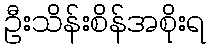
ဦးသိန်းစိန်အစိုးရ